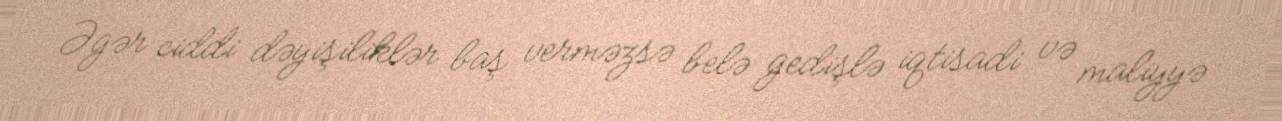
Əgər ciddi dəyişiliklər baş verməzsə belə gedişlə iqtisadi və maliyyə